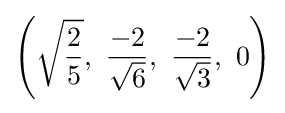
\left({\sqrt {\frac {2}{5}}},\ {\frac {-2}{\sqrt {6}}},\ {\frac {-2}{\sqrt {3}}},\ 0\right)